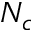
N _ { c }